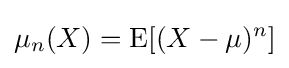
\mu _{n}(X)=\operatorname {E} [(X-\mu )^{n}]